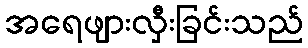
အရေဖျားလှီးခြင်းသည်